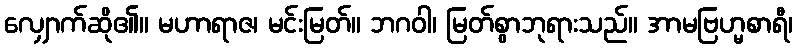
လျှောက်ဆို၏။ မဟာရာဇ၊ မင်းမြတ်။ ဘဂဝါ၊ မြတ်စွာဘုရားသည်။ အာမဗြဟ္မစာရီ၊